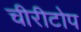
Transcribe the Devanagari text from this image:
चीरीटोप